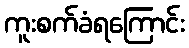
ကူးစက်ခံရကြောင်း